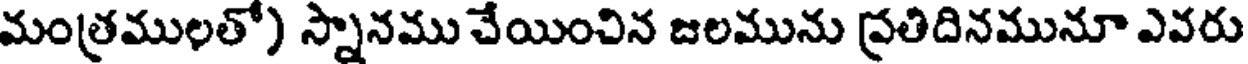
మంత్రములతో) స్నానము చేయించిన జలమును ప్రతిదినమునూ ఎవరు